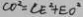
C O ^ { 2 } = C E ^ { 2 } + E O ^ { 2 }